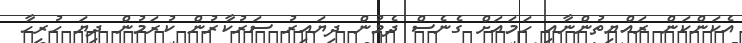
އެކަންކަން ރައްޔިތުންނާއި ހަމައަށް ގެނެސް ދެމުން ދިޔައިރު ސަރުކާރުން ކުރަމުން ދިޔަ ހުރިހާ